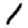
Digit: 1